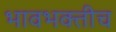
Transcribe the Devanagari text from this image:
भावभक्तीच